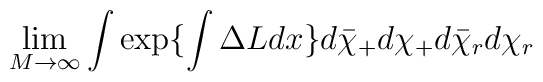
\lim_{M \rightarrow \infty} \int \exp \{ \int \Delta L dx \}d \bar{\chi}_+ d \chi_+ d \bar{\chi}_rd \chi_r